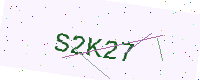
Text: S2K27